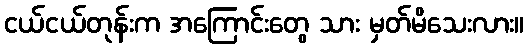
ငယ်ငယ်တုန်းက အကြောင်းတွေ သား မှတ်မိသေးလား။